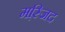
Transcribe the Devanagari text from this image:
मस्जि़द